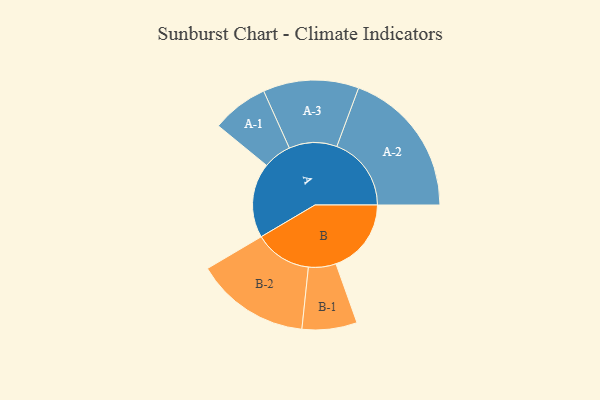
{"axis": {"x": "Segment", "y": "Value"}, "legend": ["", "A", "B"], "data": [{"x": "A", "y": 272, "type": ""}, {"x": "B", "y": 274, "type": ""}, {"x": "A-1", "y": 103, "type": "A"}, {"x": "A-2", "y": 271, "type": "A"}, {"x": "A-3", "y": 174, "type": "A"}, {"x": "B-1", "y": 100, "type": "B"}, {"x": "B-2", "y": 208, "type": "B"}]}